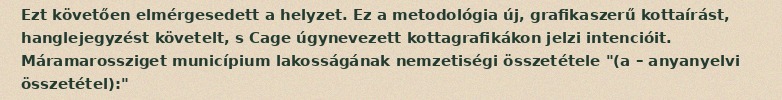
Ezt követően elmérgesedett a helyzet. Ez a metodológia új, grafikaszerű kottaírást, hanglejegyzést követelt, s Cage úgynevezett kottagrafikákon jelzi intencióit. Máramarossziget municípium lakosságának nemzetiségi összetétele "(a – anyanyelvi összetétel):"